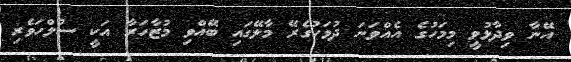
އޭނާ ވިދާޅުވީ މިމަހުގެ އެއްވަނަ ދުވަހުގެރޭ މާލޭގައި ބޭއްވި މުޒާހަރާ އަކީ ސުލްހަވެރި